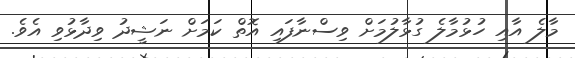
މާލެ އާއި ހުޅުމާލެ ގުޅާލުމަށް ވިސްނާފައި އޮތް ކަމަށް ނަޝީދު ވިދާޅުވި އެވެ.